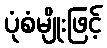
ပုံစံမျိုးဖြင့်